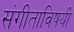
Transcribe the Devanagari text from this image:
संगीताविषयी